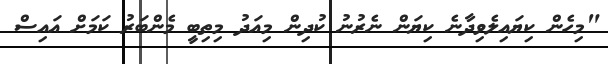
"މިހެން ކިޔައިލެވިދާނެ ކިޔަން ނެރުނު ކުދިން މިއަދު މިތިބީ މެންބަރު ކަމަށް އައިސް